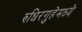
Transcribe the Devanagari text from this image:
रुधिरगुहेमध्ये